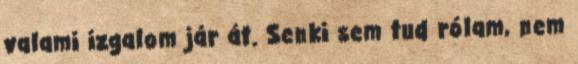
valami izgalom jár át. Senki sem tud rólam, nem